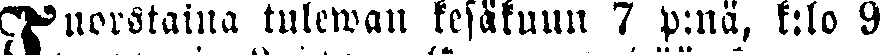
Tuorstaina tulewan kesäkuun 7 p:nä, k:lo 9